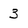
Character: 3